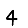
Digit: 4